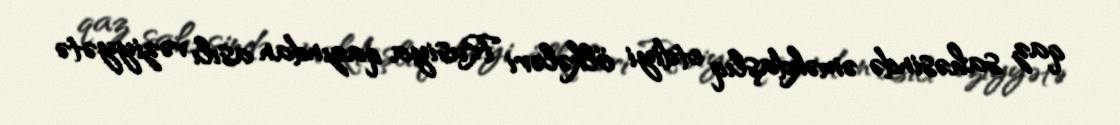
qaz sahəsində əməkdaşlıq etdiyi ölkələri Rusiya qazından asılı vəziyyətə